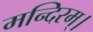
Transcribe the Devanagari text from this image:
मन्दिरम्।